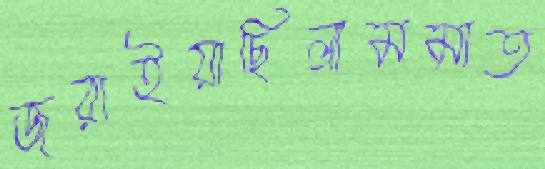
জরাইয়াছিলামমাত